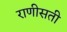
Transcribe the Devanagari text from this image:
राणीसती